Annual administration report of the Civil Veterinary Department of India - 1908-1909
Year: 1908
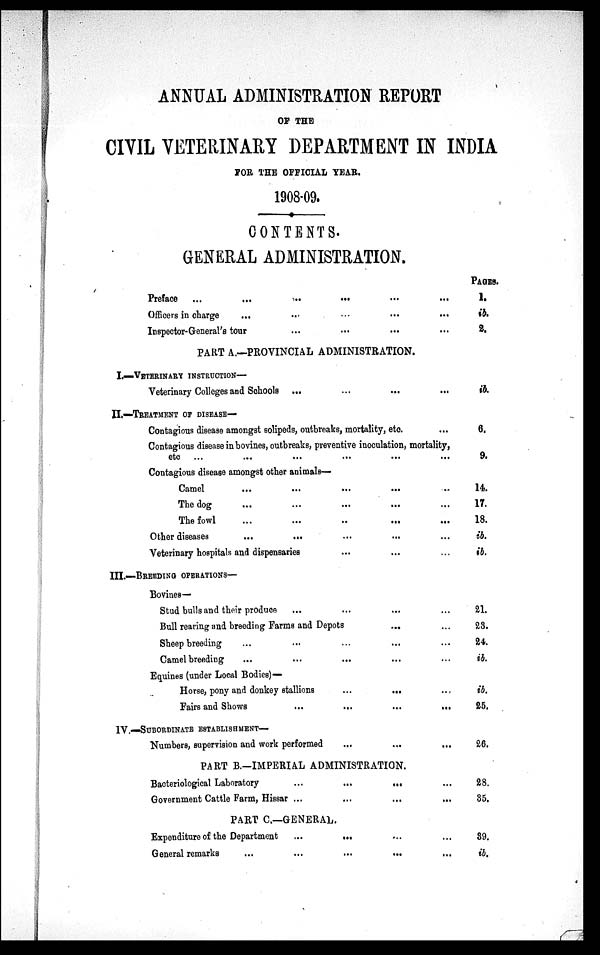
ANNUAL ADMINISTRATION REPORT
OF THE
CIVIL VETERINARY DEPARTMENT IN INDIA
FOR THE OFFICIAL YEAR.
1908-09.
CONTENTS.
GENERAL ADMINISTRATION.
Preface ...
...
...
...
...
...
Officers in charge
... ... ... ... ...
Inspector-General's tour ... ... ... ...
PART A.—PROVINCIAL ADMINISTRATION.
I.—VETERINARY INSTRUCTION—
Veterinary Colleges and Schools ... ... ... ...
II.—TREATMENT OF DISEASE—
Contagious disease amongst solipeds, outbreaks, mortality, etc ...
Contagious disease in bovines, outbreaks, preventive inoculation, mortality,
etc ... ... ... ... ...
Contagious disease amongst other animals—
Camel ... ... ... ... ...
The dog ... ... ... ...
The fowl ... ... ... ...
Other diseases ... ... ... ...
Veterinary hospitals and dispensaries ... ... ...
III.—BREEDING OPERATIONS—
Bovines—
Stud bulls and their produce ... ... ... ... ...
Bull rearing and breeding Farms and Depots
... ...
Sheep breeding ... ... ... ... ... ... ...
Camel breeding ... ... ... ... ...
Equines (under Local Bodies)—
Horse, pony and donkey stallions
...
...
...
Fairs and Shows
...
...
...
...
IV.—SUBORDINATE ESTABLISHMENT—
Numbers, supervision and work performed
...
...
...
PART B.-IMPERIAL ADMINISTRATION.
Bacteriological Laboratory
...
...
...
Government Cattle Farm, Hissar ...
...
...
...
PART C.—GENERAL.
Expenditure of the Department
...
...
...
General remarks
...
...
...
...
...
PAGES
1.
ib.
2.
ib.
6.
9.
14.
17.
18.
ib.
ib.
21.
23.
24.
ib.
ib.
25.
26.
28.
35.
39.
ib.